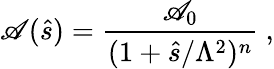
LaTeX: \mathscr{A}(\hat{{s}})={\frac{{\mathscr{A}_{0}}}{{(1+\hat{{s}}/\Lambda^{2})^{n}}}}~,